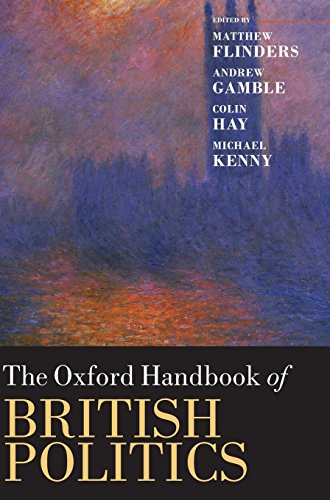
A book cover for The Oxford Handbook of British Politics (Oxford Handbooks); Law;